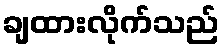
ချထားလိုက်သည်